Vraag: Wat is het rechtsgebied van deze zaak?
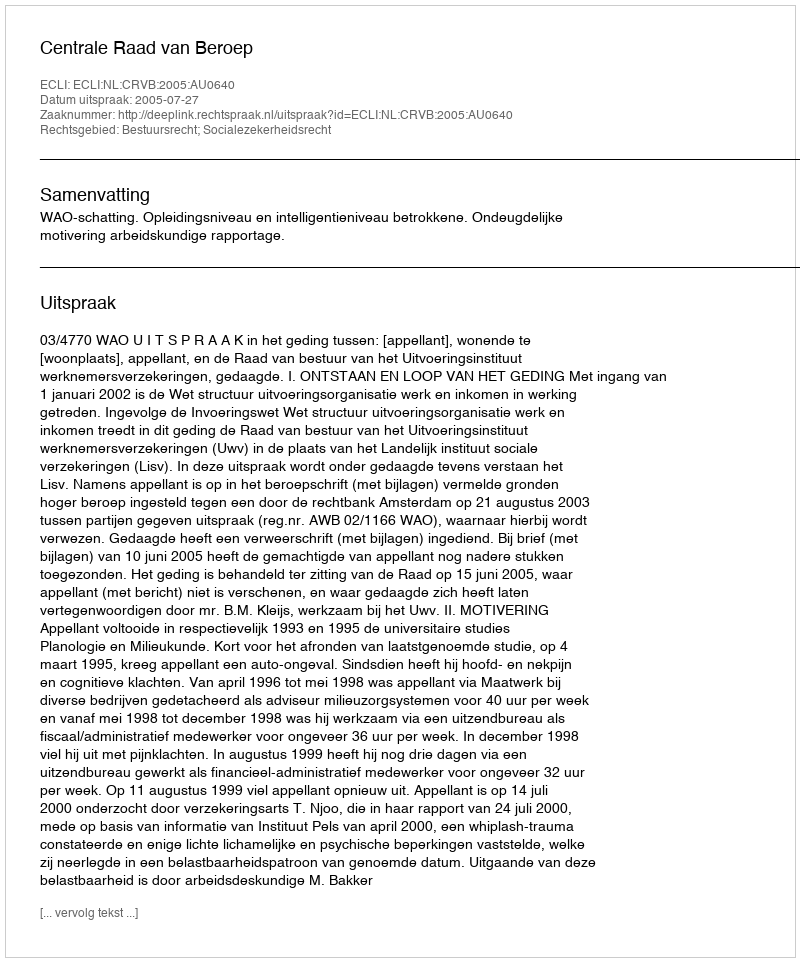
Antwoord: Bestuursrecht; Socialezekerheidsrecht